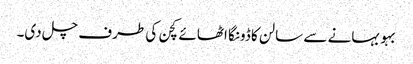
بہو بہانے سے سالن کا ڈونگا اٹھائے کچن کی طرف چل دی۔